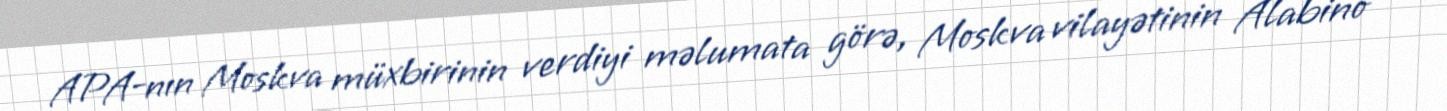
APA-nın Moskva müxbirinin verdiyi məlumata görə, Moskva vilayətinin Alabino